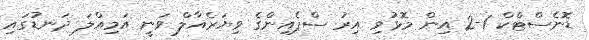
ޑޮނެސްޓްކް 1-2 އިން މޮޅުވި އިރު ސްޕެއިންގެ ވިޔަރެއާލް ވަނީ އަމިއްލަ ދަނޑުގައި